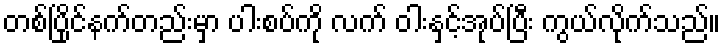
တစ်ပြိုင်နက်တည်းမှာ ပါးစပ်ကို လက် ဝါးနှင့်အုပ်ပြီး ကွယ်လိုက်သည်။